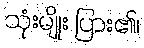
သုံးမျိုး ပြား၏၊